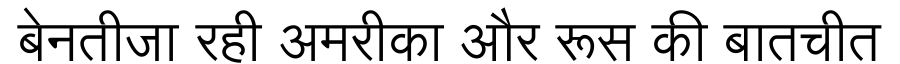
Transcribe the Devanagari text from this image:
बेनतीजा रही अमरीका और रूस की बातचीत